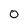
Character: 0